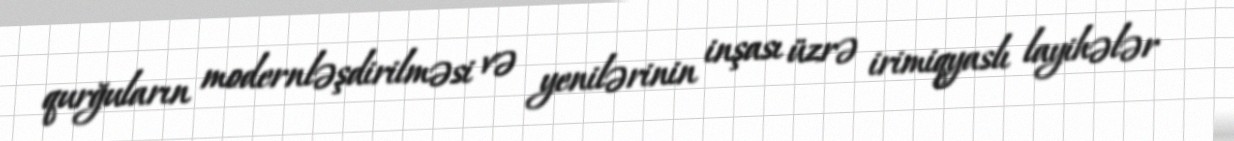
qurğuların modernləşdirilməsi və yenilərinin inşası üzrə irimiqyaslı layihələr